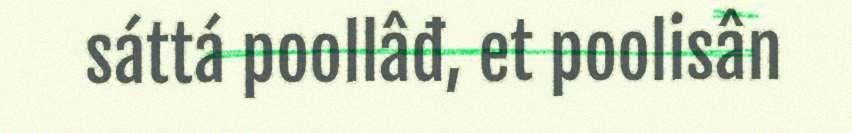
sáttá poollâđ, et poolisân